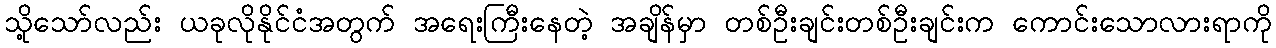
သို့သော်လည်း ယခုလိုနိုင်ငံအတွက် အရေးကြီးနေတဲ့ အချိန်မှာ တစ်ဦးချင်းတစ်ဦးချင်းက ကောင်းသောလားရာကို